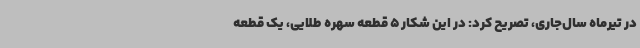
در تیرماه سال‌جاری، تصریح کرد: در این شکار 5 قطعه سهره طلایی، یک قطعه